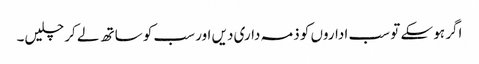
اگر ہو سکے تو سب اداروں کو ذمہ داری دیں اور سب کو ساتھ لے کر چلیں۔